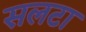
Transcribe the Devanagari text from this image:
सलटा